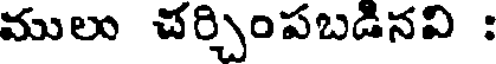
ములు చర్చింపబడినవి :